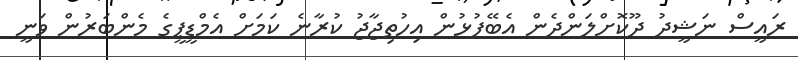
ރައީސް ނަޝީދު ދޫކޮށްލަންދެން އެބޭފުޅުން އިހުތިޖާޖު ކުރާނެ ކަމަށް އެމްޑީޕީގެ މެންބަރުން ވަނީ